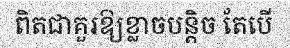
ពិតជាគួរឱ្យខ្លាចបន្តិច តែបើ